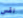
نفس